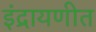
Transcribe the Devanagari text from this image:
इंद्रायणीत